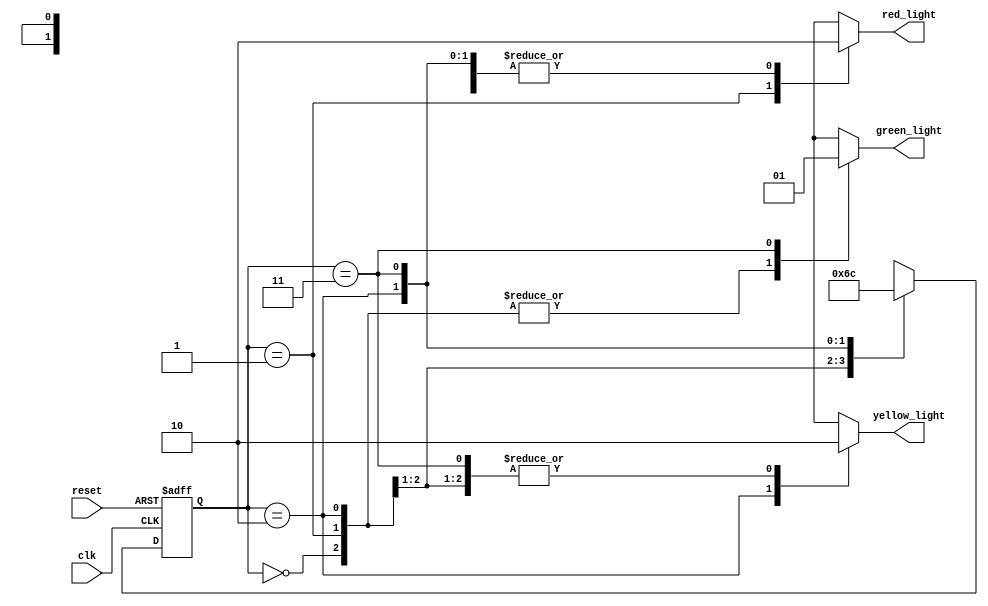
// Code your design here
// FSM Mealy machine traffic light controller
module traffic_light_controller(
  input wire clk,
  input wire reset,
  output reg red_light,
  output reg yellow_light,
  output reg green_light
);
  // S0 -----> after reset
  // S1 -----> red_light state
  // S2 -----> yellow_light state
  // S3 -----> green_light state
  parameter S0 = 2'b00, S1 = 2'b01, S2 = 2'b10, S3 = 2'b11; // define the parameters
  reg [1:0] present_state, next_state;

  // Logic for present state
  always @(posedge clk or negedge reset)// active low asynchrouns reset
  begin
    if (!reset)
      present_state <= S0;
    else
      present_state <= next_state;
  end
    

  // Logic for next state
  always @(*)
  begin
    case (present_state)
      S0: next_state = S1;
      S1: next_state = S2;
      S2: next_state = S3;
      S3: next_state = S0;
    endcase
  end
    

  // Logic for output
  always @(*)
  begin 
    case (present_state)
      S0: begin // at reset
            red_light = 0;
            yellow_light = 0;
            green_light = 0;
          end
      S1: begin  // at red_light state
            red_light = 1;
            yellow_light = 0;
            green_light = 0;
          end
      S2: begin // at yellow_light state
            red_light = 0;
            yellow_light = 1;
            green_light = 0;
          end
      S3: begin // at green_light state
            red_light = 0;
            yellow_light = 0;
            green_light = 1;
          end
    endcase
  end
    
endmodule